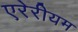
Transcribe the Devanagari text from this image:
एरेरीयम